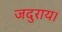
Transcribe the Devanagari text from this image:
जदुराय।